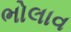
ભોલાવ